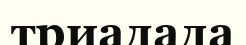
триадада